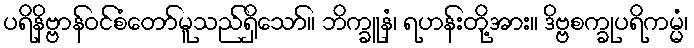
ပရိနိဗ္ဗာန်ဝင်စံတော်မူသည်ရှိသော်။ ဘိက္ခူနံ၊ ရဟန်းတို့အား။ ဒိဗ္ဗစက္ခုပရိကမ္မံ၊